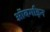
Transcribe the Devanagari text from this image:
ऑबर्गाइन